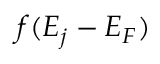
f ( E _ { j } - E _ { F } )